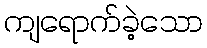
ကျရောက်ခဲ့သော